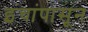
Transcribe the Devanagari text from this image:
इंचांपासून